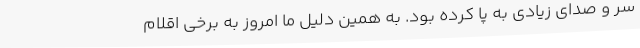
سر و صدای زیادی به پا کرده بود. به همین دلیل ما امروز به برخی اقلام